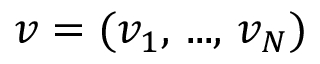
\boldsymbol { v } = ( v _ { 1 } , \, . . . , \, v _ { N } )